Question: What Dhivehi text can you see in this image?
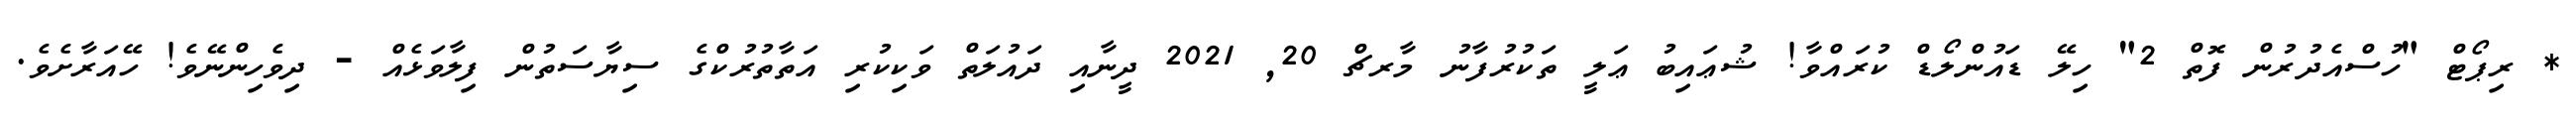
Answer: * ރިޕޯޓް "ހުސްއެދުރުން ފޮތް 2" ހިލޭ ޑައުންލޯޑް ކުރައްވާ! ޝުޢައިބު ޢަލީ ތަކުރުފާނު މާރޗް 20, 2021 ދީނާއި ދައުލަތް ވަކިކުރި އަތާތުރުކްގެ ސިޔާސަތުން ފިލާވަޅެއް - ދިވެހިންނޭވެ! ހޭއަރާށެވެ.